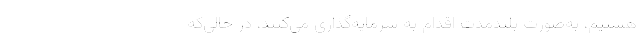
هستیم، به‌صورت بلندمدت اقدام به سرمایه‌گذاری می‌کنند، در حالی‌که